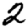
Digit: 2